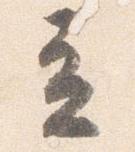
立